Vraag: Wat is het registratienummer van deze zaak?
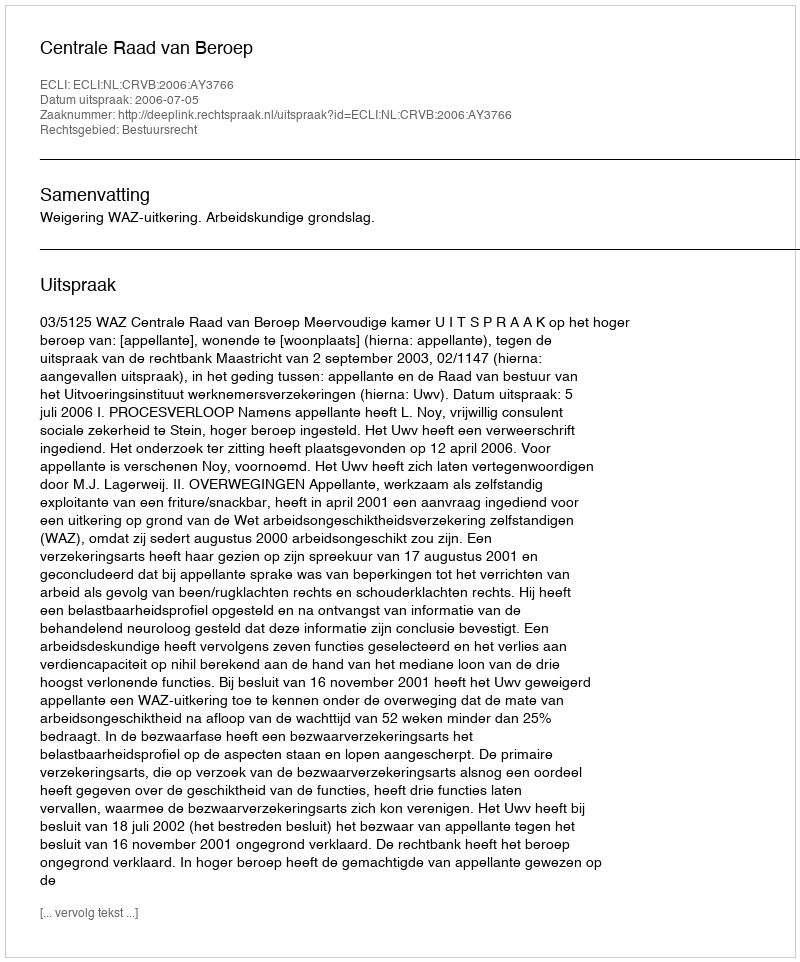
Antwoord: http://deeplink.rechtspraak.nl/uitspraak?id=ECLI:NL:CRVB:2006:AY3766